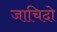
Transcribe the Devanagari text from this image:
जाचिदो